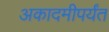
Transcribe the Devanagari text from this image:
अकादमीपर्यंत